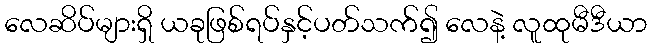
လေဆိပ်များရှိ ယခုဖြစ်ရပ်နှင့်ပတ်သက်၍ လေနဲ့ လူထုမီဒီယာ